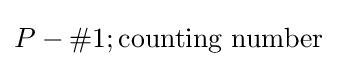
P-\#1;{\text{counting number}}